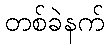
တစ်ခဲနက်